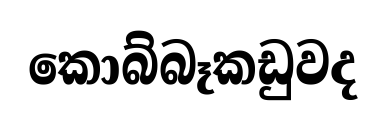
කොබ්බෑකඩුවද